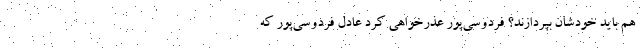
هم باید خودشان بپردازند؟ فردوسی‌پور عذرخواهی کرد عادل فردوسی‌پور که